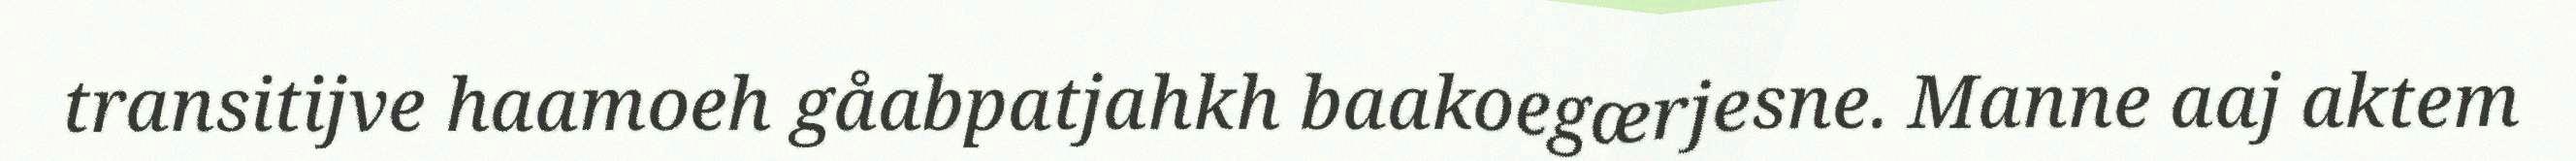
transitijve haamoeh gåabpatjahkh baakoegærjesne. Manne aaj aktem